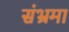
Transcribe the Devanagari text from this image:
संभ्रमा